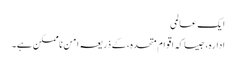
ایک عالمی
ادارہ، جیسا کہ اقوام متحدہ، کے ذریعہ امن ناممکن ہے۔